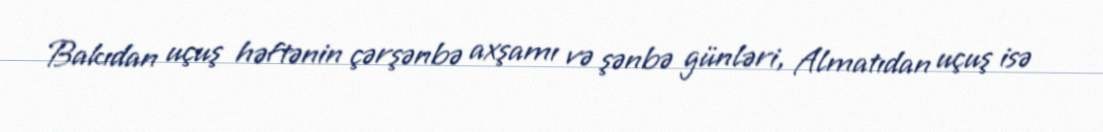
Bakıdan uçuş həftənin çərşənbə axşamı və şənbə günləri, Almatıdan uçuş isə